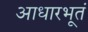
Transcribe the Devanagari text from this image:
आधारभूतं